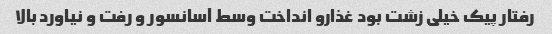
رفتار پیک خیلی زشت بود غذارو انداخت وسط آسانسور و رفت و نیاورد بالا